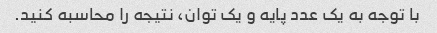
با توجه به یک عدد پایه و یک توان، نتیجه را محاسبه کنید.